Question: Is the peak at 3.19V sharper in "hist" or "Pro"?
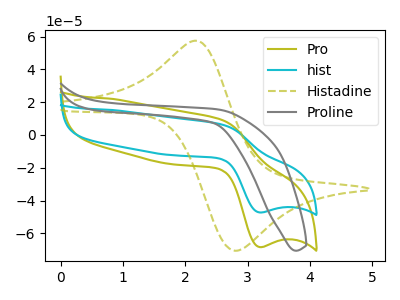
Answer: <think>The olive curve "Pro" has an anodic peak at (2.60V, 9.15uA) and a cathodic peak at (3.20V, -68.40uA). The cyan curve "hist" has an anodic peak at (2.60V, 6.30uA) and a cathodic peak at (3.20V, -47.25uA). The olive dashed curve "Histadine" has an anodic peak at (2.20V, 57.35uA) and a cathodic peak at (2.80V, -70.65uA). The gray curve "Proline" has no peaks.</think>
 <answer>The peak at 3.19V is lower in "hist" than in "Pro".</answer>
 <eval>lower</eval>